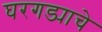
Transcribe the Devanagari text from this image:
घरगड्याचे